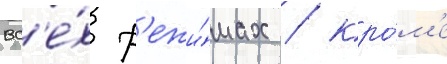
вс'е́х р'ежи́мах / кро́м'е